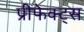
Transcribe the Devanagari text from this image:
प्रीफेक्ट्स